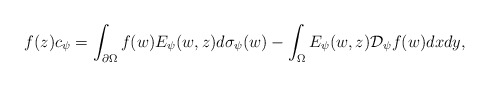
\begin{align*} f(z) c_{\psi} =\int_{\partial \Omega} f( w )E_{\psi}( w , z)d\sigma_{\psi}( w ) - \int_\Omega E_{\psi}( w ,z) {\mathcal D}_{\psi} f( w )dx d y,\end{align*}